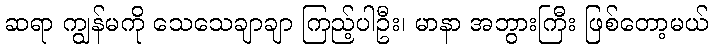
ဆရာ ကျွန်မကို သေသေချာချာ ကြည့်ပါဦး၊ မာနာ အဘွားကြီး ဖြစ်တော့မယ်